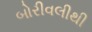
બોરીવલીથી